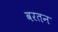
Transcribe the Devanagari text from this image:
वरतन